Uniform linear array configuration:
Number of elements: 32
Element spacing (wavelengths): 0.75
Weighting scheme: cosine
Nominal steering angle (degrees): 45
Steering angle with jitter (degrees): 46.687
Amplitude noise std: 0.05
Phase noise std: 0.05

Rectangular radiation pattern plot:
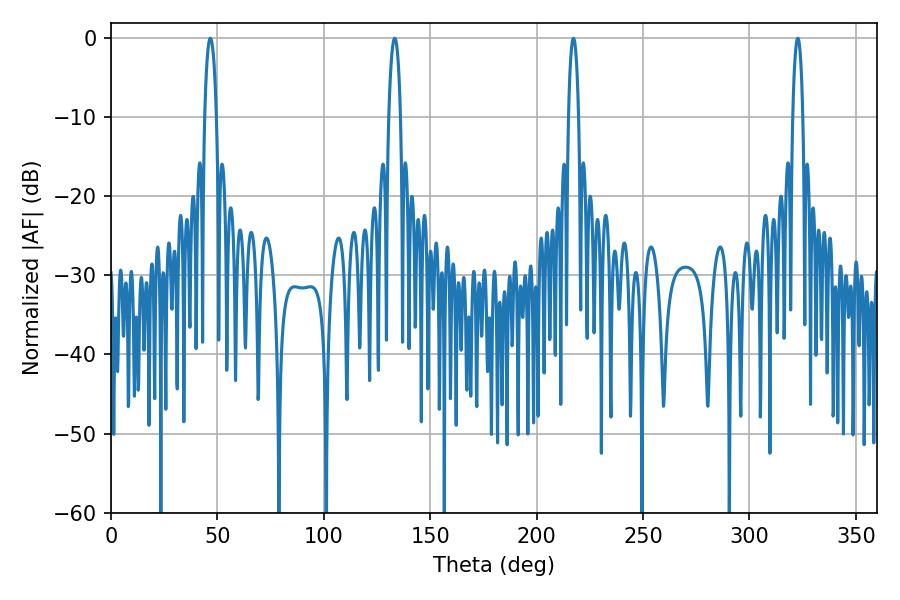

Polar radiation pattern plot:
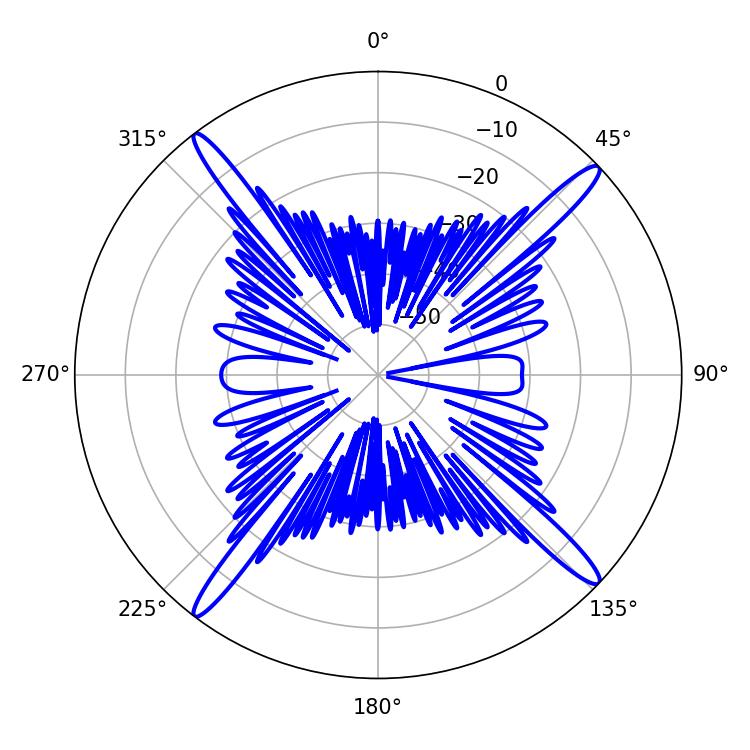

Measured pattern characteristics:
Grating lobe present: TRUE
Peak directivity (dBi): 19.08
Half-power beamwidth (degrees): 2.7
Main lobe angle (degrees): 217.26